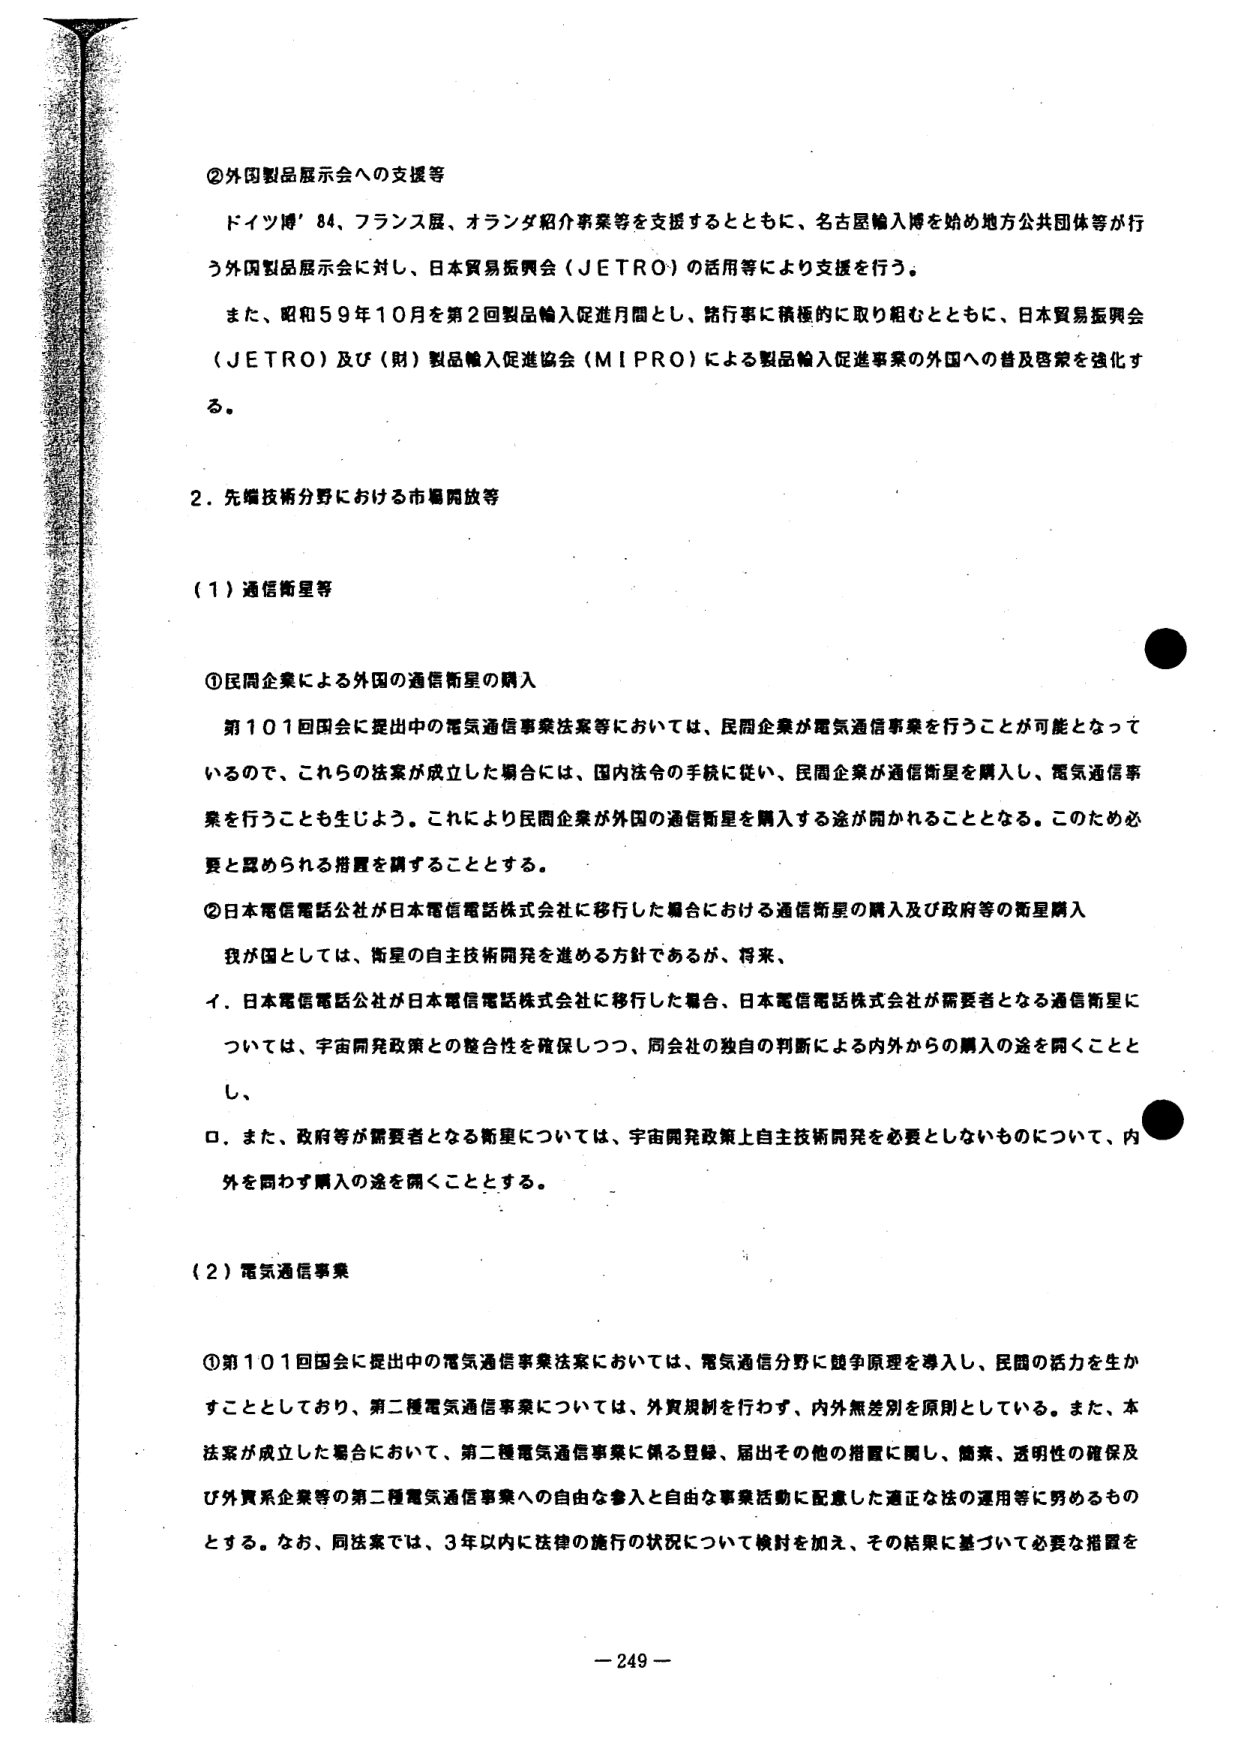
②外国製品展示会への支援等

ドイツ博'84、フランス展、オランダ紹介事業等を支援するとともに、名古屋輸入博を始め地方公共団体等が行う外国製品展示会に対し、日本貿易振興会（JETRO）の活用等により支援を行う。

また、昭和59年10月を第2回製品輸入促進月間とし、諸行事に積極的に取り組むとともに、日本貿易振興会（JETRO）及び（財）製品輸入促進協会（MIPRO）による製品輸入促進事業の外国への普及啓蒙を強化する。

2．先端技術分野における市場開放等

（1）通信衛星等

①民間企業による外国の通信衛星の購入

第101回国会に提出中の電気通信事業法案等においては、民間企業が電気通信事業を行うことが可能となっているので、これらの法案が成立した場合には、国内法令の手続に従い、民間企業が通信衛星を購入し、電気通信事業を行うことも生じよう。これにより民間企業が外国の通信衛星を購入する途が開かれることとなる。このため必要と認められる措置を講ずることとする。

②日本電信電話公社が日本電信電話株式会社に移行した場合における通信衛星の購入及び政府等の衛星購入

我が国としては、衛星の自主技術開発を進める方針であるが、将来、

イ．日本電信電話公社が日本電信電話株式会社に移行した場合、日本電信電話株式会社が需要者となる通信衛星については、宇宙開発政策との整合性を確保しつつ、同会社の独自の判断による内外からの購入の途を広くこととし、

ロ．また、政府等が需要者となる衛星については、宇宙開発政策上自主技術開発を必要としないものについて、内外を問わず購入の途を広くこととする。

（2）電気通信事業

①第101回国会に提出中の電気通信事業法案においては、電気通信分野に競争原理を導入し、民間の活力を生かすこととしており、第二種電気通信事業については、外資規制を行わず、内外無差別を原則としている。また、本法案が成立した場合において、第二種電気通信事業に係る登録、届出その他の措置に関し、簡素、透明性の確保及び外資系企業等の第二種電気通信事業への自由な参入と自由な事業活動に配意した適正な法の運用等に努めるものとする。なお、同法案では、3年以内に法律の施行の状況について検討を加え、その結果に基づいて必要な措置を

－249－